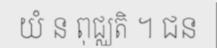
យំ ន ពុជ្ឈតិ ។ ជន